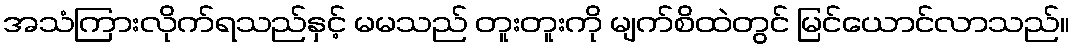
အသံကြားလိုက်ရသည်နှင့် မမသည် တူးတူးကို မျက်စိထဲတွင် မြင်ယောင်လာသည်။